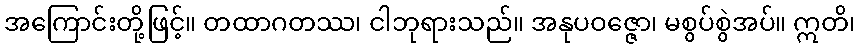
အကြောင်းတို့ဖြင့်။ တထာဂတဿ၊ ငါဘုရားသည်။ အနုပဝဇ္ဇော၊ မစွပ်စွဲအပ်။ ဣတိ၊